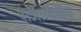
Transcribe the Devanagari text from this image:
राजाविहीन